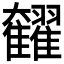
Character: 𩁭